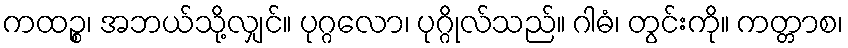
ကထဉ္စ၊ အဘယ်သို့လျှင်။ ပုဂ္ဂလော၊ ပုဂ္ဂိုလ်သည်။ ဂါဓံ၊ တွင်းကို။ ကတ္တာစ၊